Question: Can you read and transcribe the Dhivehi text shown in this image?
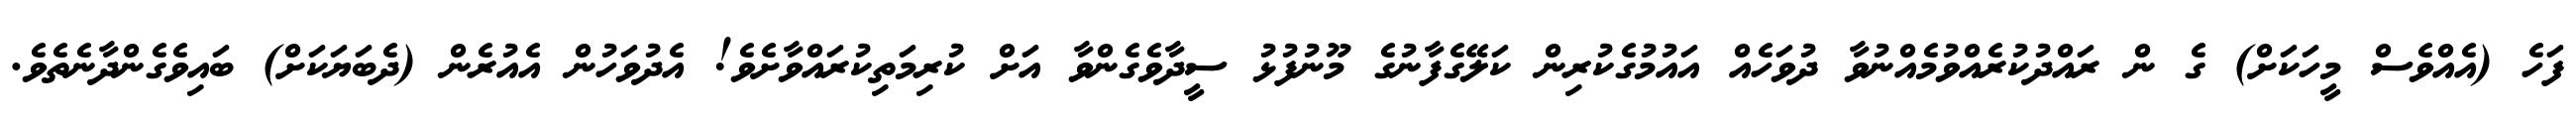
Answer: ފަހެ (އެއްވެސް މީހަކަށް) ގެ ން ރައްދުކުރެއްވުމެއްނުވާ ދުވަހެއް އައުމުގެކުރިން ކަލޭގެފާނުގެ މޫނުފުޅު ސީދާވެގެންވާ އަށް ކުރިމަތިކުރައްވާށެވެ! އެދުވަހުން އެއުރެން (ދެބަޔަކަށް) ބައިވެގެންދާނެތެވެ.